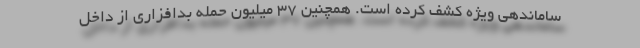
ساماندهی ویژه کشف کرده است. همچنین ۳۷ میلیون حمله بدافزاری از داخل